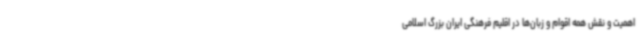
اهمیت و نقش همه اقوام و زبان‌ها در اقلیم فرهنگی ایران بزرگ اسلامی